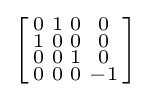
\left[{\begin{smallmatrix}0&1&0&0\\1&0&0&0\\0&0&1&0\\0&0&0&-1\\\end{smallmatrix}}\right]